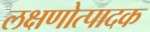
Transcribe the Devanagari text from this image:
लक्षणोत्पादक